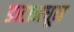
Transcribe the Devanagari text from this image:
डाटामधून